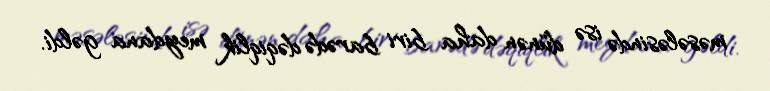
məsələsində isə dünən daha biri barədə dəqiqlik meydana gəldi.